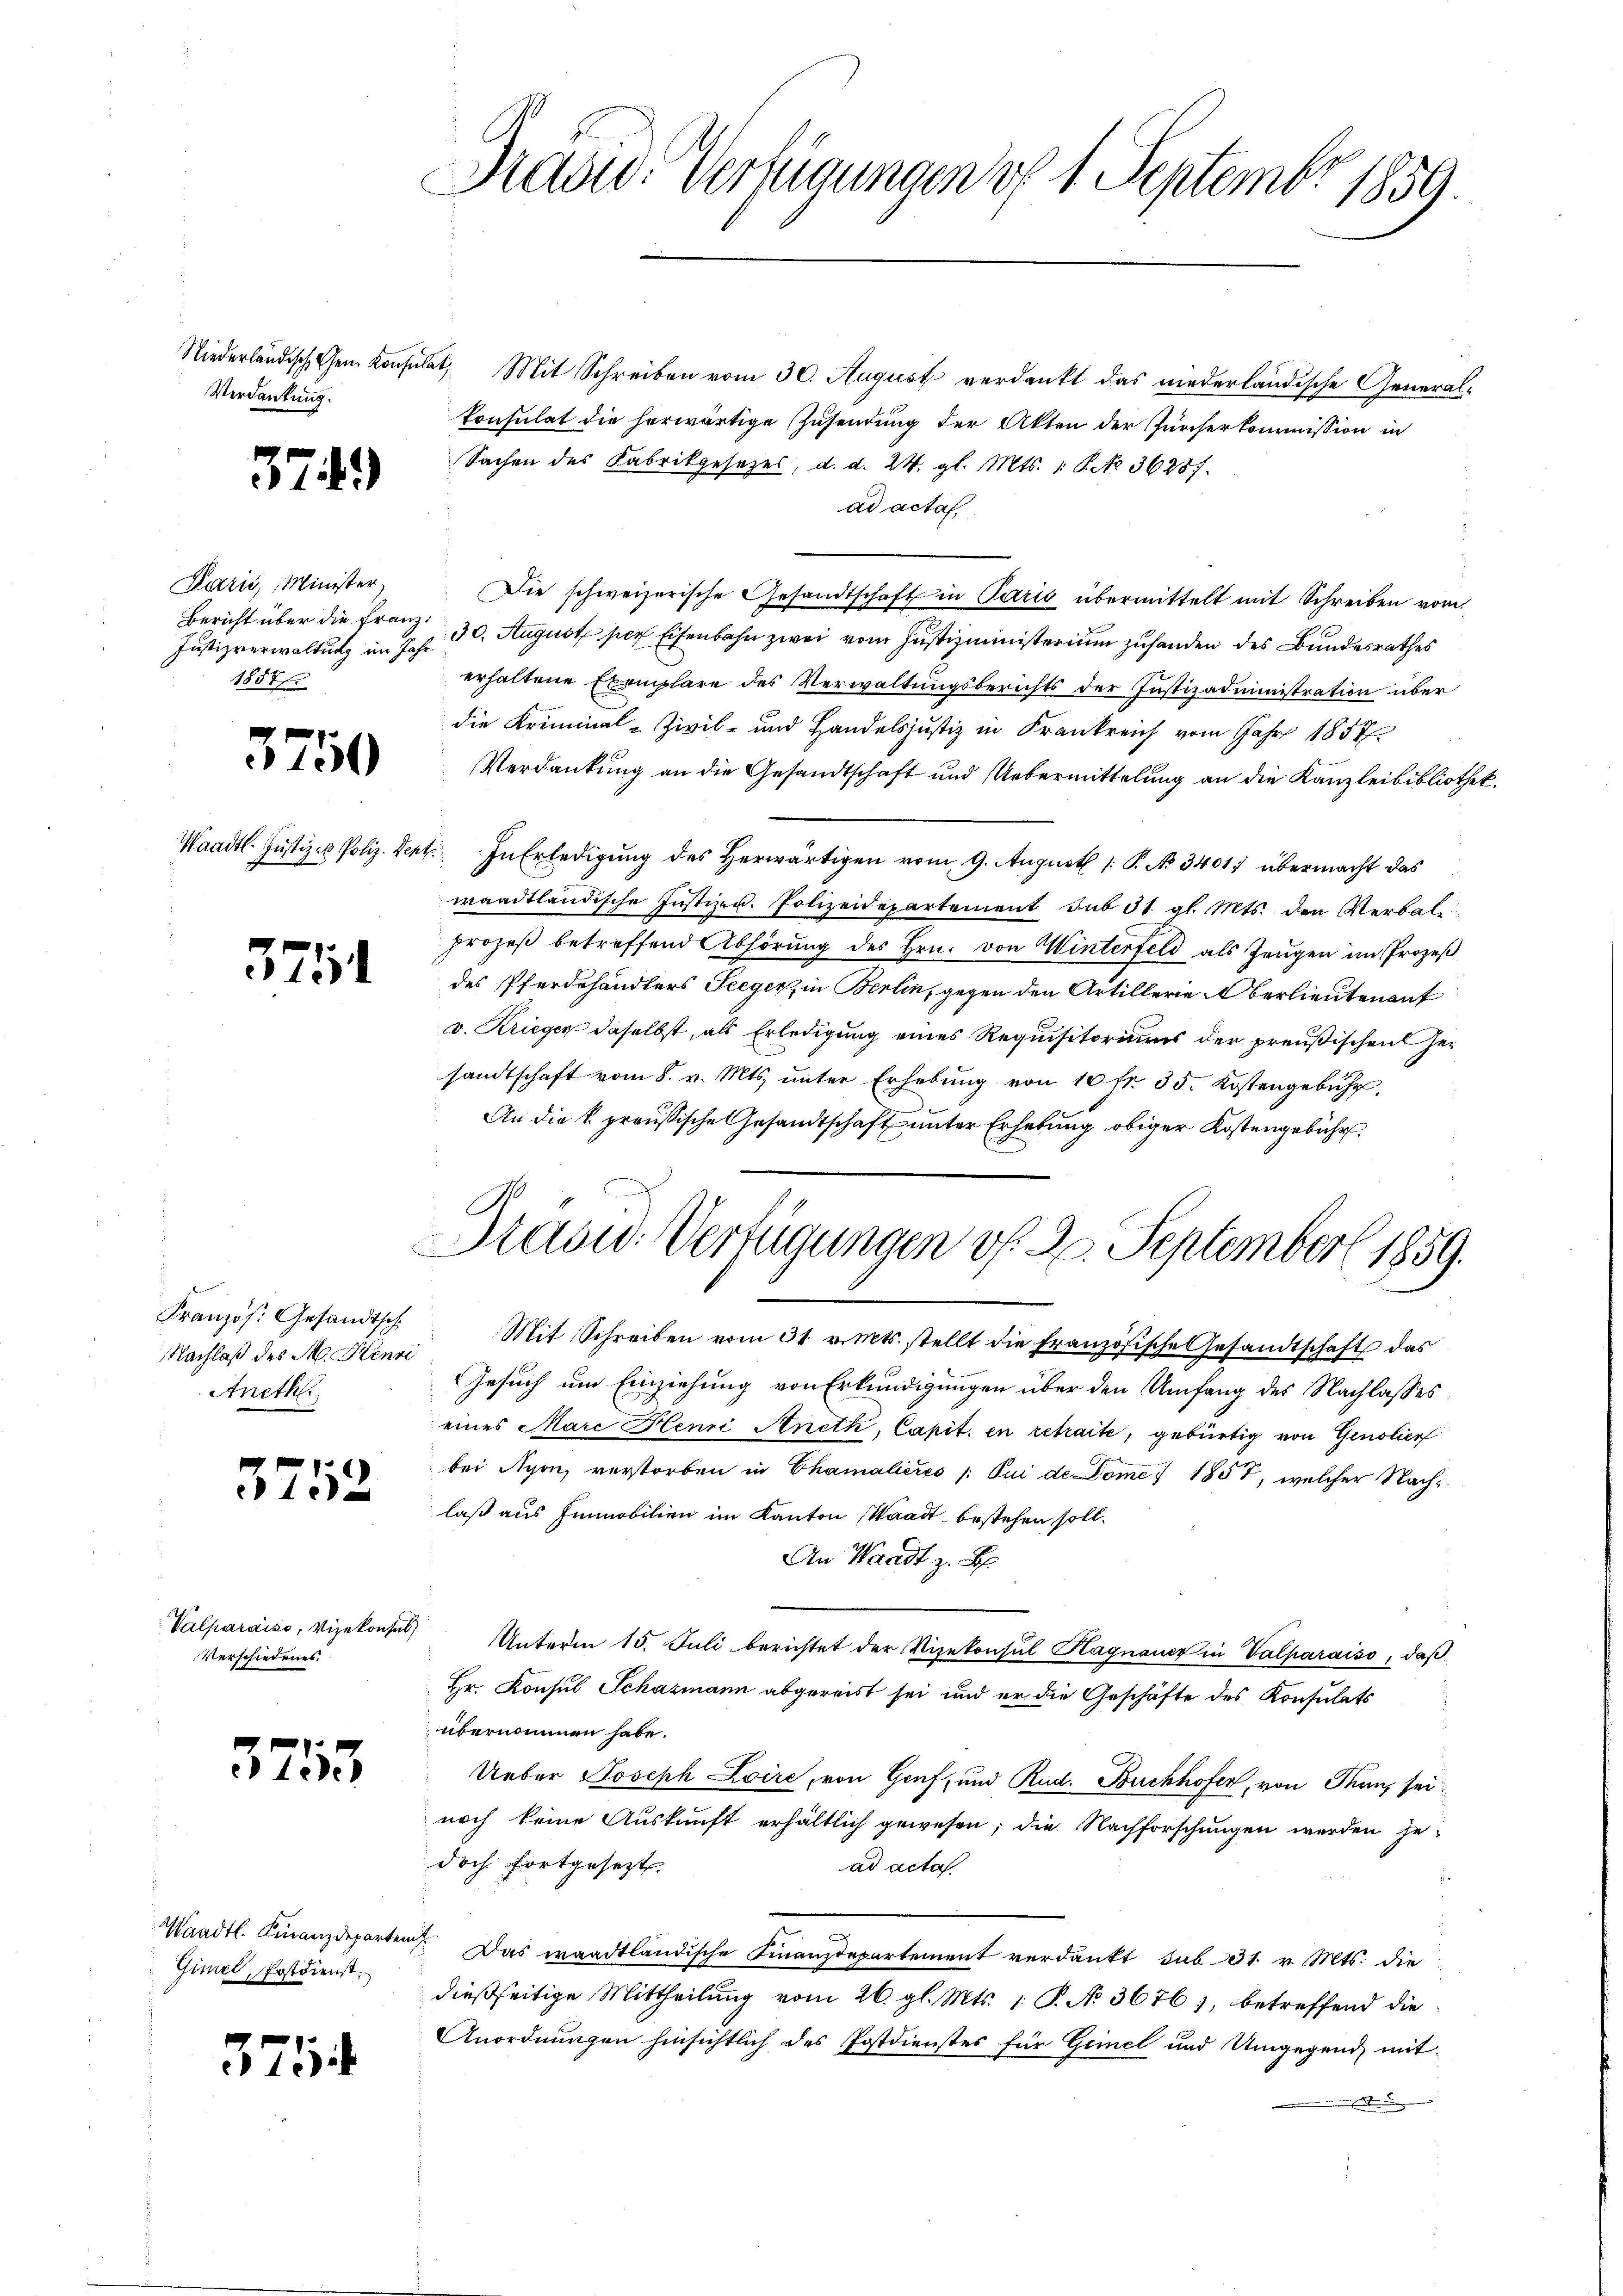
Verdankung.

374)

Lazić, Minister.
Bericht über die Franz:
1857

3750

Waadt. Justiz - Poliz. Den

3751

Französ. Gesandtsch
Nachlaß des M. Henri
Aneth

3752

Valparaiso, Vizekonsul
Verschiedenes.

3713

Waadt. Finanzdeparten
Gimel, Postdienst.

375

Krad: Verfügungen uf 1. Septembr 1859.

Niederländischehen konsulat, Mit Schreiben vom 30. August verdankt das niederländische General-
Consulat die herwärtige Zusendung der Akten der Zürcherkommission in
Sachen des Fabrikgesetzes, d. d. 24. gl. Mts. 1 S. 36287.
ad acta
Die schweizerische Gesandtschaft in Paris übermittelt mit Schreiben vom
Justizverwaltung im Jahr 30. August per Eisenbahn zwei vom Justizministerium zuhanden des Bundesrathes
erhaltene Exemplare des Verwaltungsberichts der Justizadministration über
die Kriminal-Zivil- und Handelsjustiz in Krankreich vom Jahr 1857/
Verdankung an die Gesandtschaft und Uebermittelung an die Kanzleibibliothek.
et. In Erledigung des Herwärtigen vom 9. August /: P. No 3401 übermacht das
waadtländische Justizen. Polizeidepartement sub 31. gl. Mts. den Verbal
prozeß betreffend Abhörung des Hrn. von Winterfeld als Zeugen im Prozeß
des Pferdehändlers Seeger, in Berlin, gegen den Artillerie Oberlieutenauf
v. Kriegen daselbst, als Erledigung eines Requisitoriums der preußischen Gesandtschaft vom 8. v. Mts. ŭnter Erhebŭng von 10 fr. 35. Kostengebühr.
An die k. preußische Gesandtschaft unter Erhebung obiger Kostengebühr
Mit Schreiben vom 31. v. Mts. stellt die Französische Gesandtschaft das
Gesuch um Einziehung von Erkundigungen über den Umfang des Nachlasses
eines Marc Henri Aneth, Capit. en retraite, gebürtig von Genolien
bei Nyon, verstorben in Chamalieres /: Qui de Dome) 1857, welcher Nachlaß aus Immobilien im Kanton Waadt bestehen soll.
An Waadt z. B.
Unterm 15. Juli berichtet der Vizekonsul Hagnauer in Valparaiso, daß
Hr. Konsul Schazmann abgereist sei und er die Geschäfte des Konsulats
übernommen habe.
Ueber Joseph Loire, von Genf, und Rud. Buchhofer, von Tanz seinoch keine Auskunft erhältlich gewesen; die Nachforschungen werden je-
doch fortgesetzt.
ad acta
.
Das waadtländische Finanzdepartement verdankt, sub 31. v. Mts. die
dießseitige Mittheilung vom 26. gl. Mts. 1. P. N. 36761, betreffend die¬
Anordnungen hinsichtlich des Postdienstes für Geiel und Umgegend, mit
.

Masus Verfügungen v. 2. September 1859.